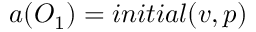
a ( O _ { 1 } ) = i n i t i a l ( v , p )